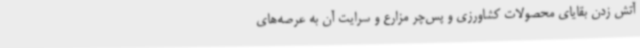
آتش زدن بقایای محصولات کشاورزی و پس‌چر مزارع و سرایت آن به عرصه‌های